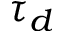
\tau _ { d }